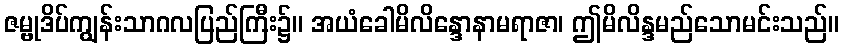
ဇမ္ဗုဒိပ်ကျွန်းသာဂလပြည်ကြီး၌။ အယံခေါမိလိန္ဒောနာမရာဇာ၊ ဤမိလိန္ဒမည်သောမင်းသည်။